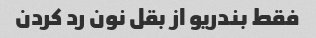
فقط بندریو از بقل نون رد کردن